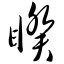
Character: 睽